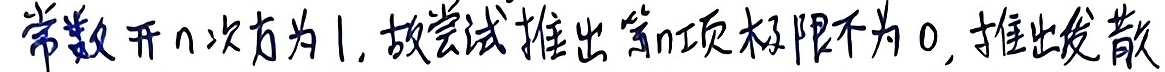
常数开 \(n\) 次方为 1，故尝试推出第 \(n\) 项极限不为 0，推出发散